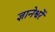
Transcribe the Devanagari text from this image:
ज्ञानेश्वरें